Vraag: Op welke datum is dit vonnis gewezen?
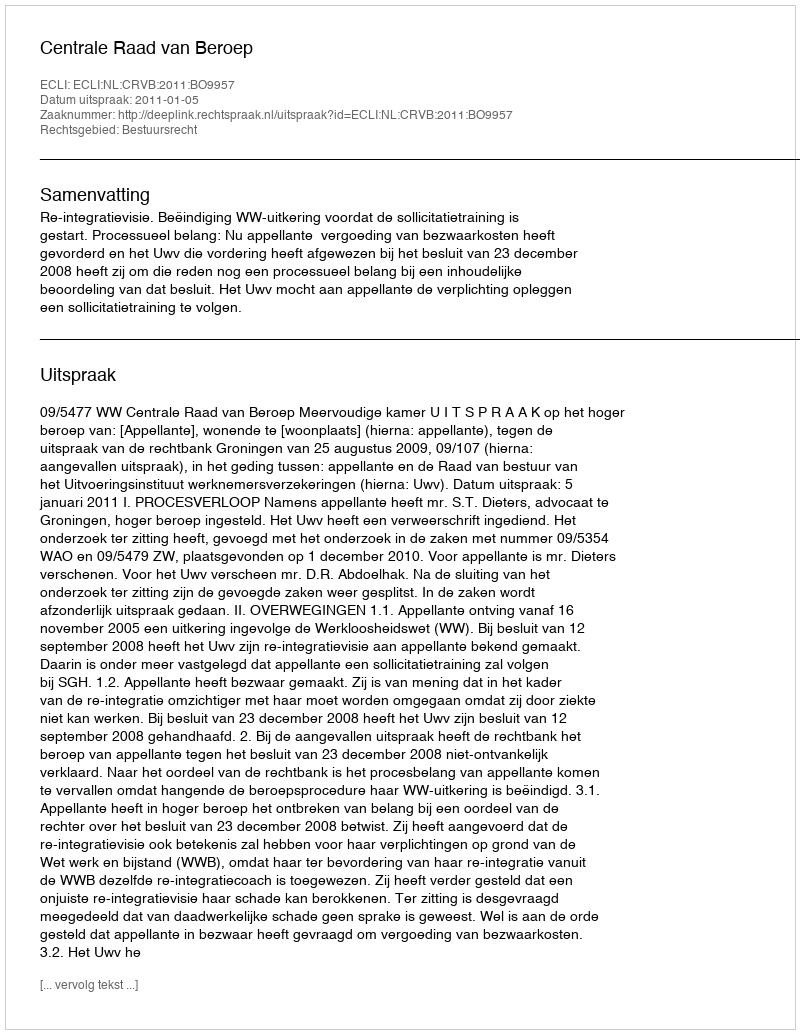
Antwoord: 2011-01-05